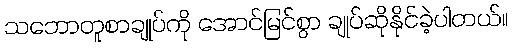
သဘောတူစာချုပ်ကို အောင်မြင်စွာ ချုပ်ဆိုနိုင်ခဲ့ပါတယ်။